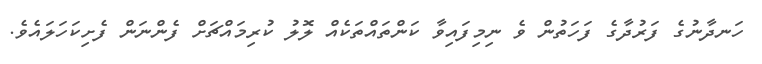
ހަނދާނުގެ ފަރުދާގެ ފަހަތުން ވެ ނިމިފައިވާ ކަންތައްތަކެއް ލޮލު ކުރިމައްޗަށް ފެންނަން ފެށިކަހަލައެވެ.